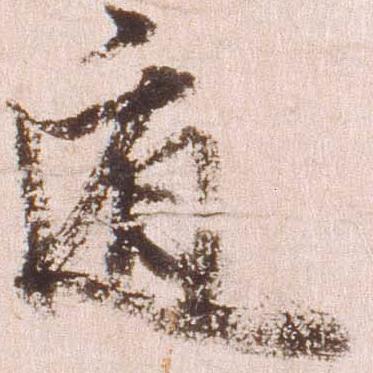
遁